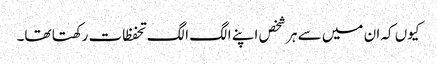
کیوں کہ ان میں سے ہر شخص اپنے الگ الگ تحفظات رکھتا تھا۔